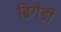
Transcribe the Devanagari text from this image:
ब्रिगेडी